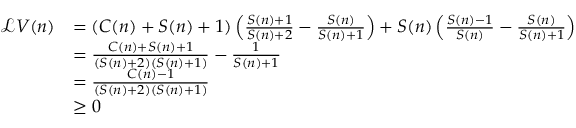
\begin{array} { r l } { \mathcal L V ( n ) } & { = ( C ( n ) + S ( n ) + 1 ) \left( \frac { S ( n ) + 1 } { S ( n ) + 2 } - \frac { S ( n ) } { S ( n ) + 1 } \right) + S ( n ) \left( \frac { S ( n ) - 1 } { S ( n ) } - \frac { S ( n ) } { S ( n ) + 1 } \right) } \\ & { = \frac { C ( n ) + S ( n ) + 1 } { ( S ( n ) + 2 ) ( S ( n ) + 1 ) } - \frac 1 { S ( n ) + 1 } } \\ & { = \frac { C ( n ) - 1 } { ( S ( n ) + 2 ) ( S ( n ) + 1 ) } } \\ & { \ge 0 } \end{array}